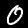
Label: 0